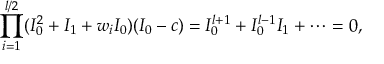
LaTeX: \prod _ { i = 1 } ^ { l / 2 } ( I _ { 0 } ^ { 2 } + I _ { 1 } + w _ { i } I _ { 0 } ) ( I _ { 0 } - c ) = I _ { 0 } ^ { l + 1 } + I _ { 0 } ^ { l - 1 } I _ { 1 } + \cdots = 0 ,